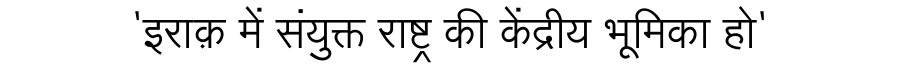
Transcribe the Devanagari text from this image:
'इराक़ में संयुक्त राष्ट्र की केंद्रीय भूमिका हो'